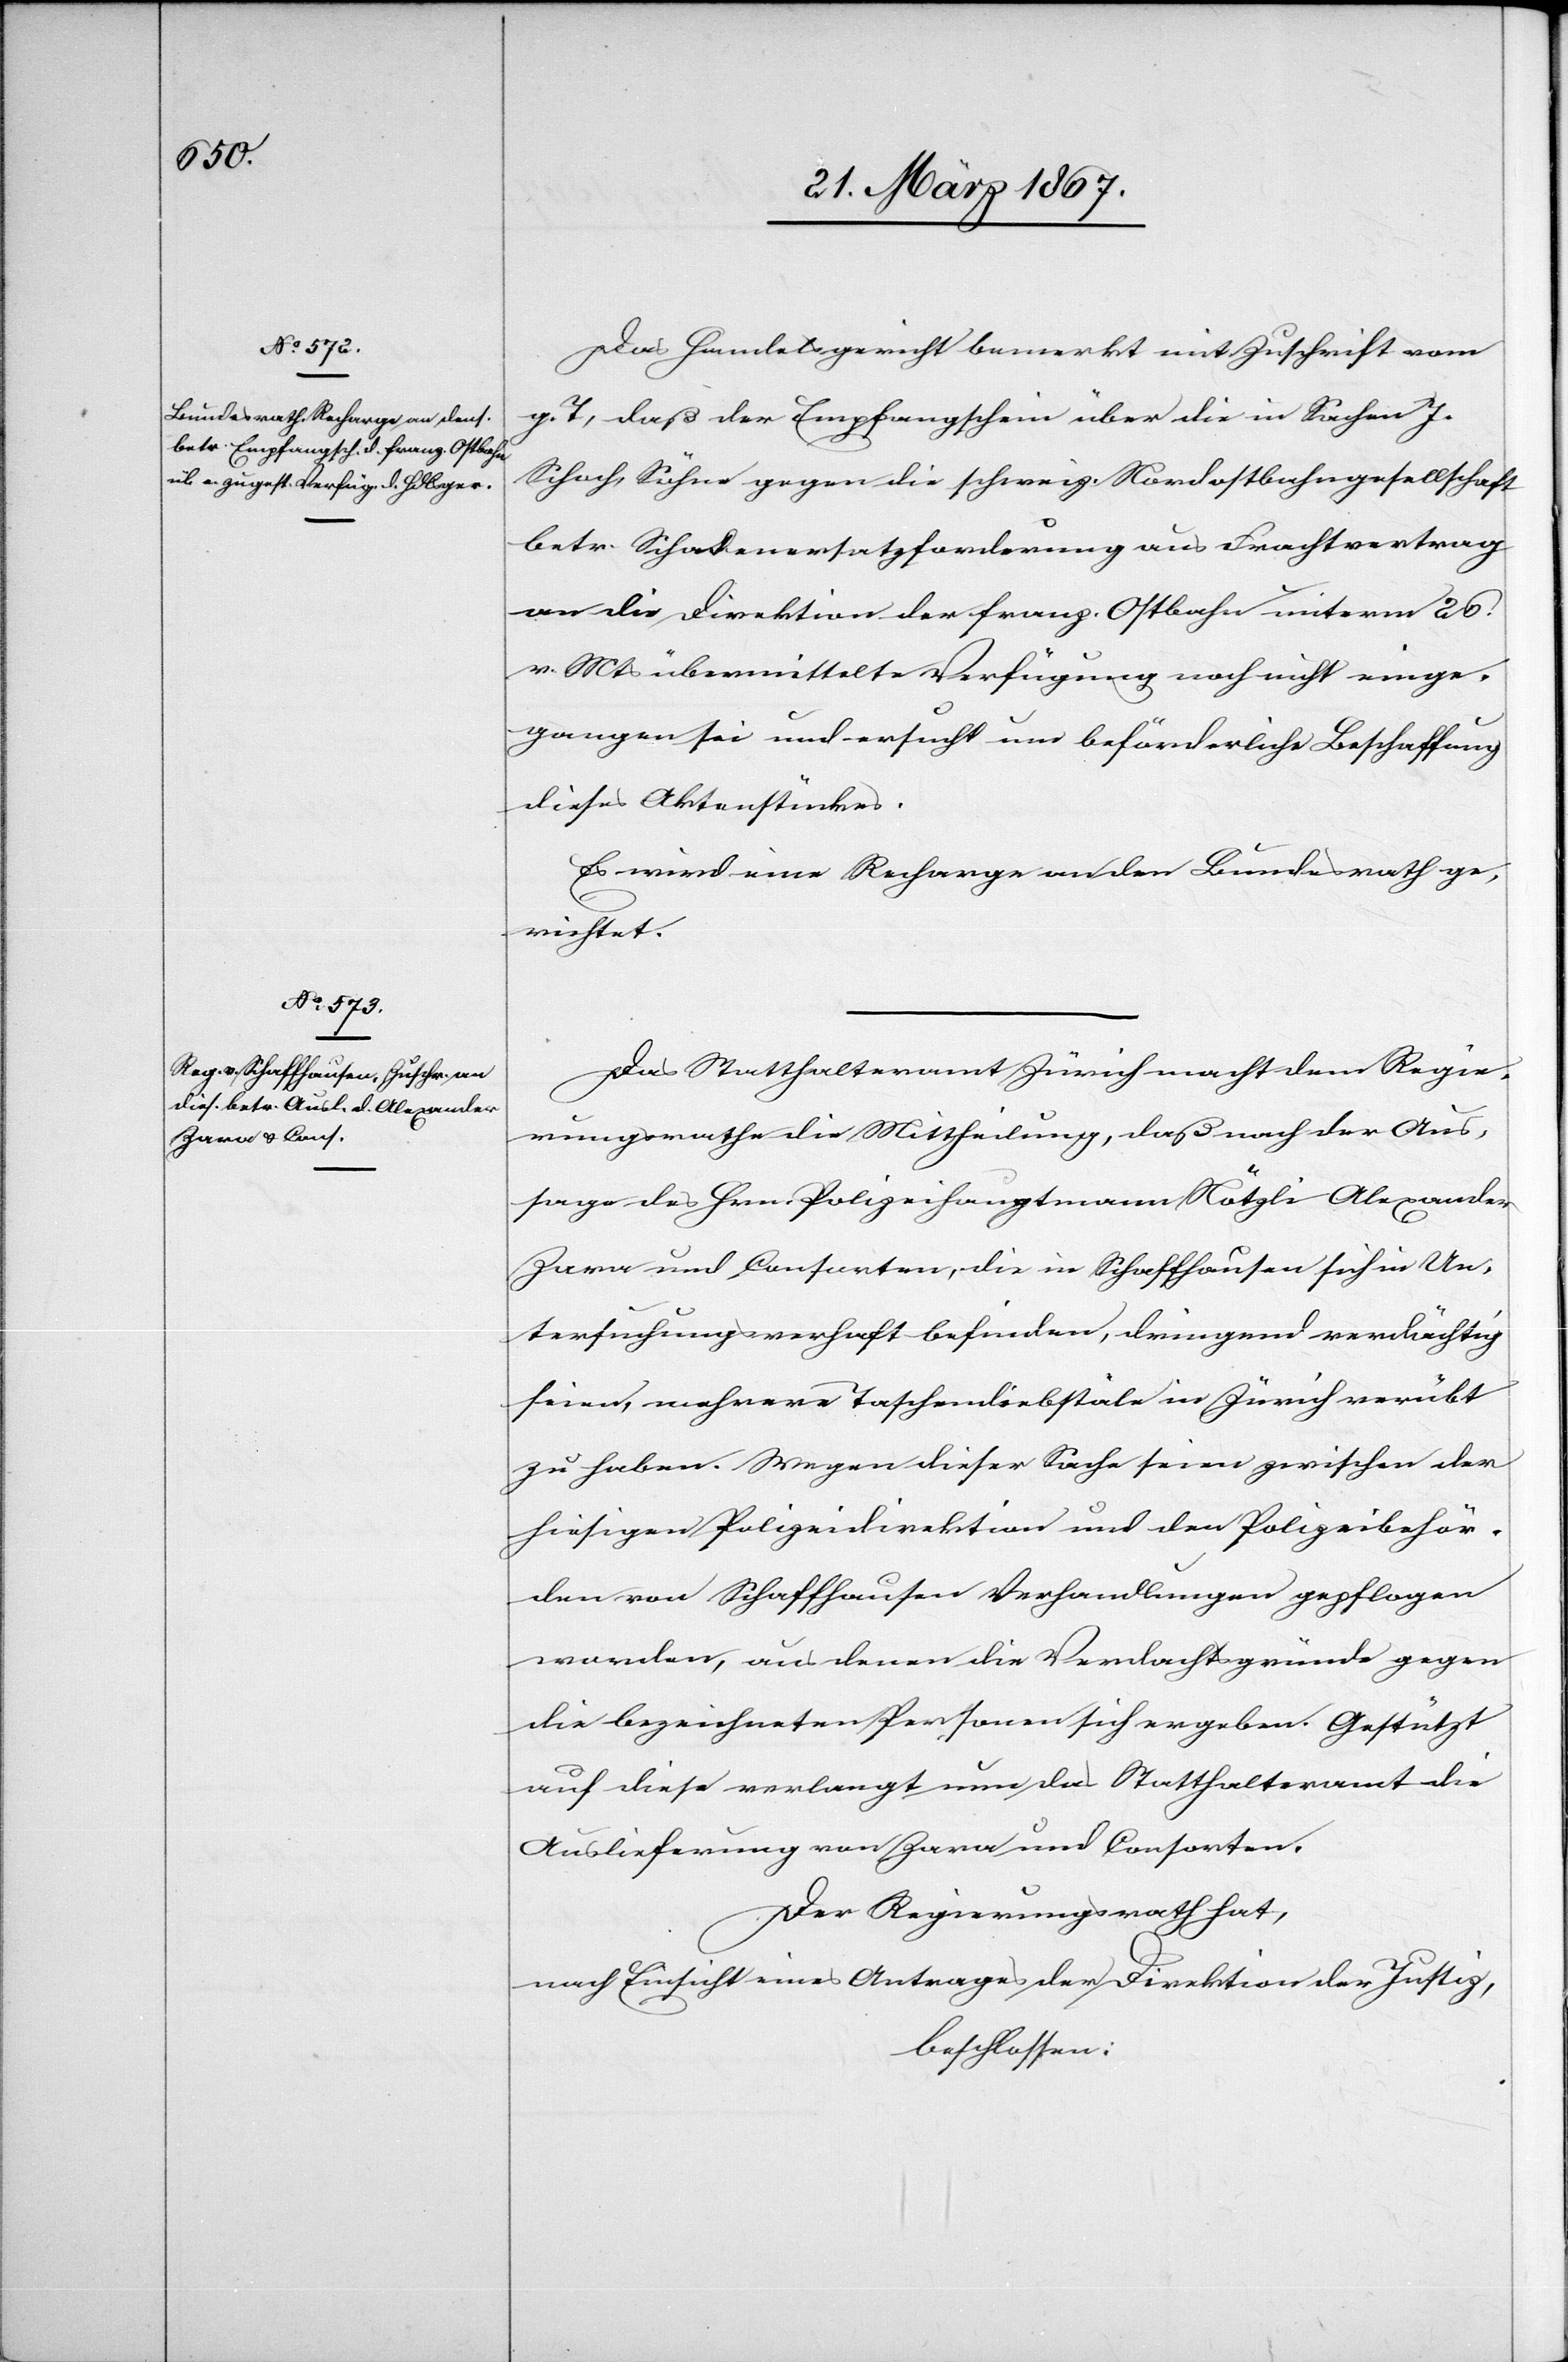
23. März 1867.]
Das Handelsgericht bemerkt mit Zuschrift vom
g. T, daß der Empfangschein über die in Sachen J.
Schoch Söhne gegen die schweiz. Nordostbahngesellschaft
betr. Schadenersatzforderung aus Frachtvertrag
an die Direktion der franz. Ostbahn unterm 26.
v. Mts übermittelte Verfügung noch nicht einge¬
gangen sei und ersucht um beförderliche Beschaffung
dieses Aktenstückes.
Es wird eine Recharge an den Bundesrath ge¬
richtet.
Das Statthalteramt Zürich macht dem Regie¬
rungsrathe die Mittheilung, daß nach der Aus¬
sage des Hrn. Polizeihauptmann Nötzli Alexander
Zora] und Consorten, die in Schaffhausen sich in Un¬
tersuchungsverhaft befinden, dringend verdächtig
seien, mehrere Taschendiebstäle in Zürich verübt
zu haben. Wegen dieser Sache seien zwischen der
hiesigen Polizeidirektion und den Polizeibehör¬
den von Schaffhausen Verhandlungen gepflogen
worden, aus denen die Verdachtsgründe gegen
die bezeichneten Personen sich ergeben. Gestützt
auf diese verlangt nun das Statthalteramt die
Auslieferung von Zara und Consorten.
Der Regierungsrath hat,
nach Einsicht eines Antrages der Direktion der Justiz,
beschlossen: